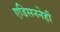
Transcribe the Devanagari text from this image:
एडिसननेही